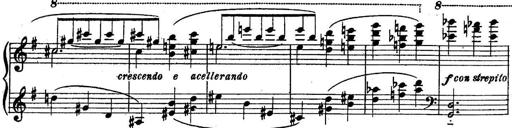
Title: Sonatine
Composer: Adrian Shaposhnikov
Key: E minor